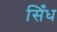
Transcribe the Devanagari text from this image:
सिँध